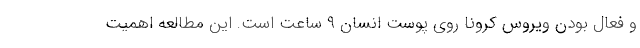
و فعال بودن ویروس کرونا روی پوست انسان ۹ ساعت است. این مطالعه اهمیت